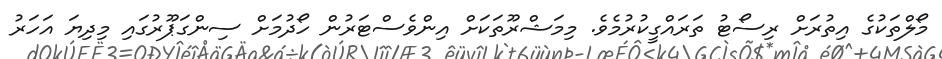
މޯލްތަކުގެ އިތުރަށް ރިސޯޓު ތަރައްގީކުރުމެވެ. މިމަޝްރޫތަކަށް އިންވެސްޓަރުން ހޯދުމަށް ސިންގަޕޫރުގައި މިދިޔަ އަހަރު